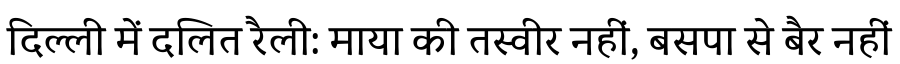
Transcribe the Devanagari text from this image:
दिल्ली में दलित रैली: माया की तस्वीर नहीं, बसपा से बैर नहीं